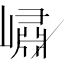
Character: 𡼣